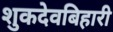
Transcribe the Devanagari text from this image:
शुकदेवबिहारी